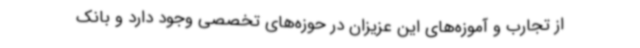
از تجارب و آموزه‌های این عزیزان در حوزه‌های تخصصی وجود دارد و بانک